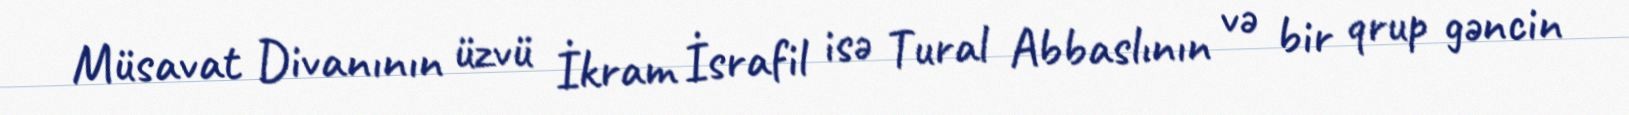
Müsavat Divanının üzvü İkram İsrafil isə Tural Abbaslının və bir qrup gəncin